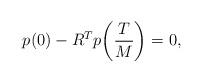
LaTeX: \begin{align*} p(0) - R^T p\bigg( \frac{T}{M} \bigg) = 0, \end{align*}